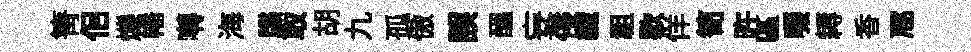
箐佀爍幡囀海牒取胡九孤傲誤醖妄侵纖祖歇佯笥旿區啜耨香豗